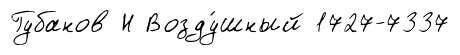
Губанов Н Возду́шный 1727-7337